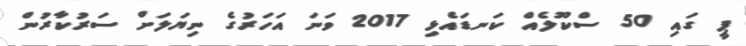
ޕީ ގައި 50 ސްކޫލެއް ކަނޑައެޅި 2017 ވަނަ އަހަރުގެ ނިޔަލަށް ސަރުކާރުން